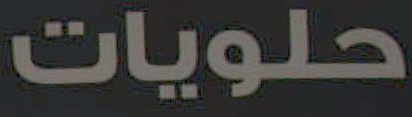
حلويات